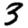
Digit: 3